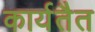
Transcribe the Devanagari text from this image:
कार्यतैत